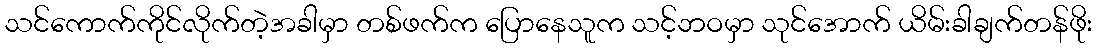
သင်ကောက်ကိုင်လိုက်တဲ့အခါမှာ တစ်ဖက်က ပြောနေသူက သင့်ဘဝမှာ သုင်အောက် ယိမ်းခါချက်တန်ဖိုး